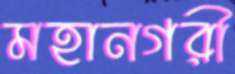
মহানগরী